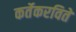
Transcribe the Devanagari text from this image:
कर्तेकरविते